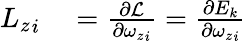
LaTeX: \begin{array}{rl}{{L_{z}}_{i}}&{{}={\frac{\partial{\cal{L}}}{\partial{{\omega_{z}}_{i}}}}={\frac{\partial E_{k}}{\partial{{\omega_{z}}_{i}}}}}\end{array}